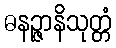
ဓနဉ္ဇာနိသုတ္တံ